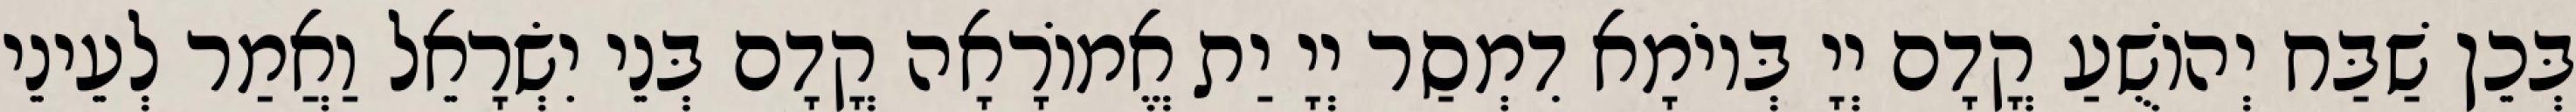
בְּכֵן שַׁבַּח יְהוֹשֻׁעַ קֳדָם יְיָ בְּיוֹמָא דִמְסַר יְיָ יַת אֱמוֹרָאָה קֳדָם בְּנֵי יִשְׂרָאֵל וַאֲמַר לְעֵינֵי